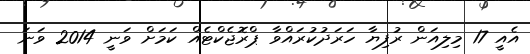
އެއީ 17 މިލިއަން ރުފިޔާ ހަރަދުކުރައްވާ ޕްރޮޖެކްޓެއް ކަމަށް ވަނީ 2014 ވަނަ